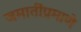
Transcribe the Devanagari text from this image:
जमातींप्रमाणे